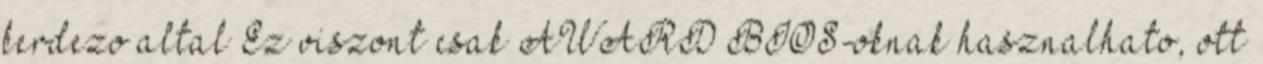
kerdezo altal Ez viszont csak AWARD BIOS-oknak hasznalhato, ott